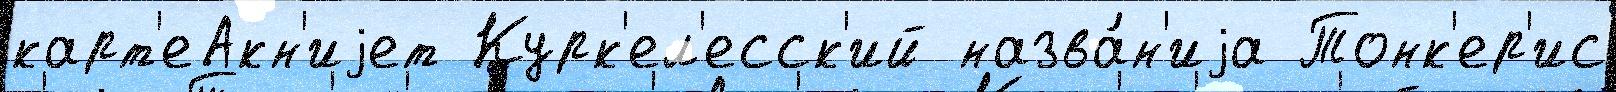
карт'еАкн'иjет Курк'ел'есск'ий назва́н'иjа Тонк'ер'ис